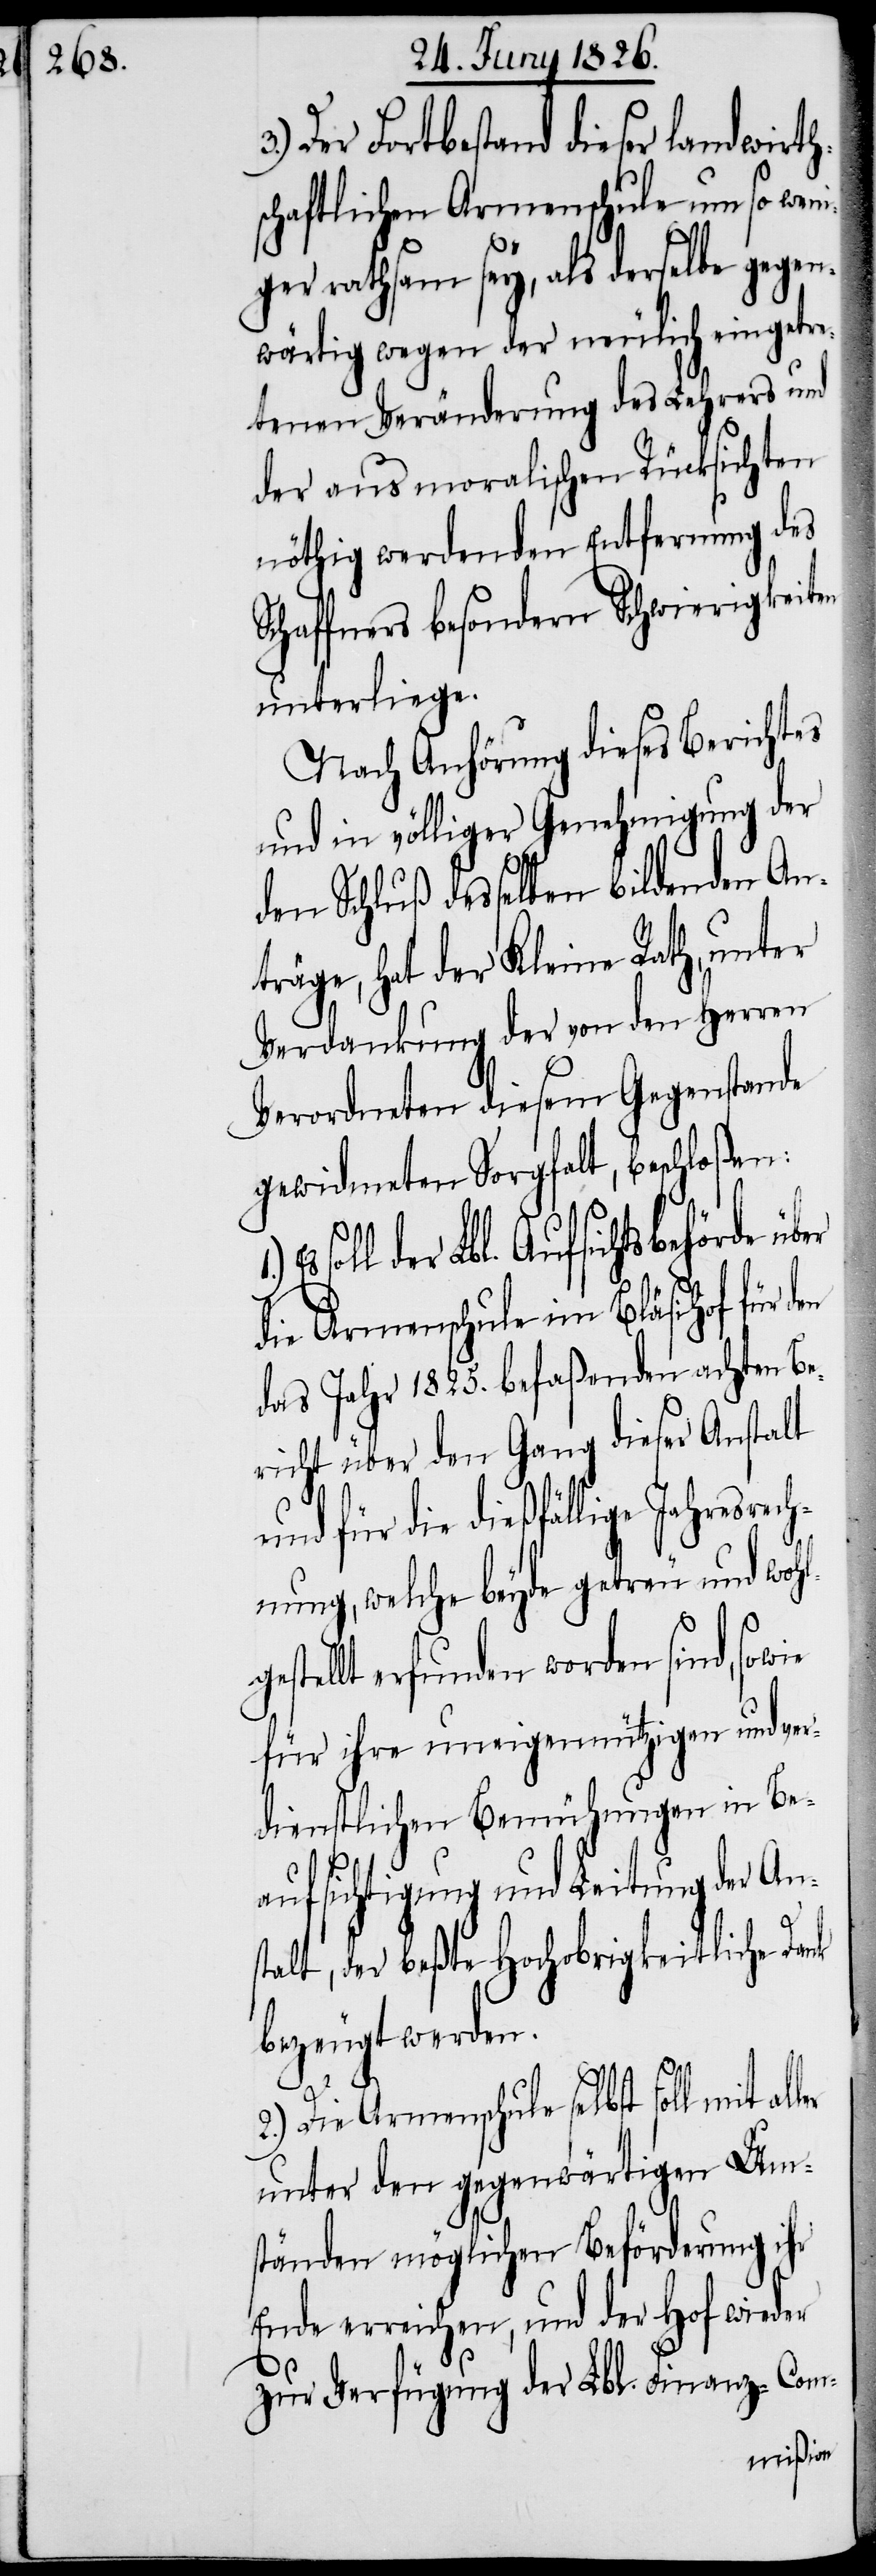
Der Fortbestand dieser landwirth¬
schaftlichen Armenschule um so weni¬
ger rathsam sey, als derselbe gegen¬
wärtig wegen der neulich eingetre¬
tenen Veränderung des Lehrers und
der aus moralischen Rücksichten
nöthig werdenden Entfernung des
Schaffners besondern Schwierigkeiten
unterliege.
Nach Anhörung dieses Berichtes
und in völliger Genehmigung der
den Schluß desselben bildenden An¬
träge, hat der Kleine Rath, unter
Verdankung der von den Herren
Verordneten diesem Gegenstande
gewidmeten Sorgfalt, beschloßen:
soll der Lbl. Aufsichtsbehörde
die Armenschule im Bläsihof für
das Jahr 1825. befaßenden achten Be¬
richt über den Gang dieser Anstalt
für die dießfällige Jahresrech¬
nung, welche beyde getreu und wohl¬
estellt erfunden worden sind, sowie
für ihre uneigennützigen und ver¬
dienstlichen Bemühungen in Be¬
aufsichtigung und Leitung der Ans¬
talt, der beßte Hochobrigkeitliche Dank
bezeugt werden.
ler
2.) Die Armenschule selbst soll mit al¬
unter den gegenwärtigen Um¬
ständen möglichen Beförderung ihr
Ende erreichen, und der Hof wieder
zur Verfügung der Lbl. Finanz-Com-